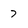
Character: 7